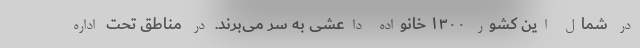
در شمال این کشور ۱۳۰۰ خانواده داعشی به سر می‌برند. در مناطق تحت اداره